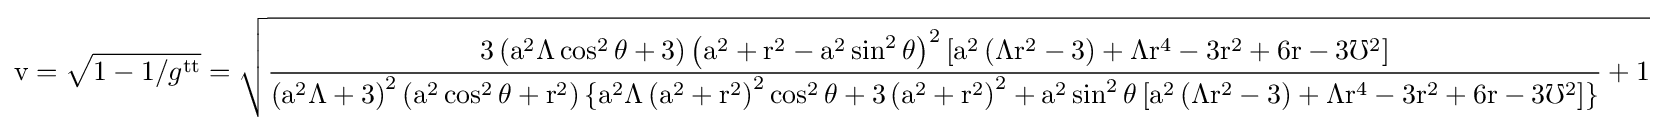
{\rm {v}}={\sqrt {1-1/g^{\rm {tt}}}}={\rm {\sqrt {{\frac {3\left(a^{2}\Lambda \cos ^{2}\theta +3\right)\left(a^{2}+r^{2}-a^{2}\sin ^{2}\theta \right)^{2}\left[a^{2}\left(\Lambda r^{2}-3\right)+\Lambda r^{4}-3r^{2}+6r-3\mho ^{2}\right]}{\left(a^{2}\Lambda +3\right)^{2}\left(a^{2}\cos ^{2}\theta +r^{2}\right)\{a^{2}\Lambda \left(a^{2}+r^{2}\right)^{2}\cos ^{2}\theta +3\left(a^{2}+r^{2}\right)^{2}+a^{2}\sin ^{2}\theta \left[a^{2}\left(\Lambda r^{2}-3\right)+\Lambda r^{4}-3r^{2}+6r-3\mho ^{2}\right]\}}}+1}}}